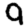
Digit: 9